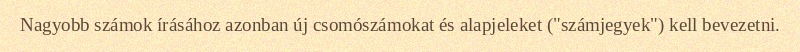
Nagyobb számok írásához azonban új csomószámokat és alapjeleket ("számjegyek") kell bevezetni.